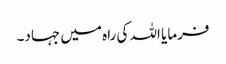
فرمایا اللہ کی راہ میں جہاد۔